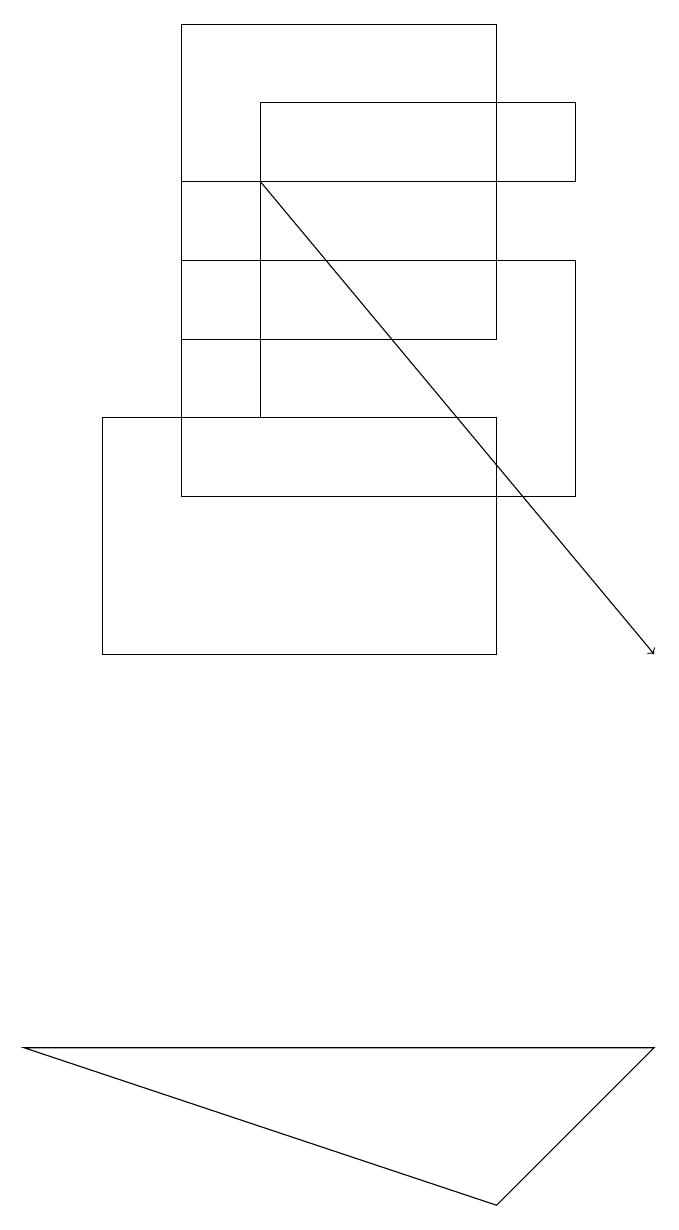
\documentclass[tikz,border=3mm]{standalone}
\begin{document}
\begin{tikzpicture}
\draw (2,14) rectangle (3,17);
\draw (6,4) -- (0,6) -- (8,6) -- cycle;
\draw (7,17) rectangle (3,18);
\draw[->] (3,17) -- (8,11);
\draw (2,19) rectangle (6,15);
\draw (2,16) rectangle (7,13);
\draw (1,14) rectangle (6,11);
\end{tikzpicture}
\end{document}